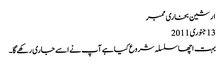
ارشین بخاری ممبر
‏13 جنوری 2011
بہت اچھا سلسلہ شروع کیا ہے آپ نے اسے جاری رکھے گا۔